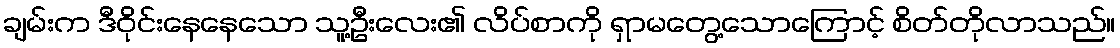
ချမ်းက ဒီဝိုင်းနေနေသော သူ့ဦးလေး၏ လိပ်စာကို ရှာမတွေ့သောကြောင့် စိတ်တိုလာသည်။